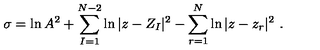
\sigma = \ln A ^ { 2 } + \sum _ { I = 1 } ^ { N - 2 } \ln | z - Z _ { I } | ^ { 2 } - \sum _ { r = 1 } ^ { N } \ln | z - z _ { r } | ^ { 2 } \ .